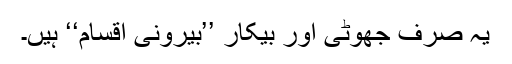
یہ صرف جھوٹی اور بیکار ’’بیرونی اقسام‘‘ ہیں۔